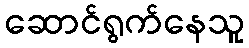
ဆောင်ရွက်နေသူ